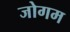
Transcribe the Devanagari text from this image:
जोगम